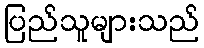
ပြည်သူများသည်